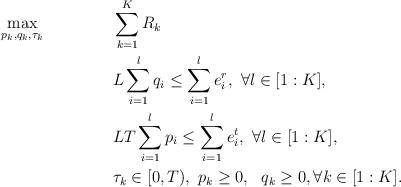
LaTeX: \begin{align*} &\underset{p_k, q_k, \tau_k}{\max} && \sum\limits_{k=1}^K R_{k} \\& && L\sum\limits_{i=1}^l q_i \leq \sum\limits_{i=1}^l e^{r}_{i},~ \forall l \in [1:K], \\&&& LT\sum\limits_{i=1}^l p_i \leq \sum\limits_{i=1}^l e^{t}_{i},~ \forall l \in [1:K], \\&&&\tau_k\in[0,T),~p_k\geq0,~~ q_k\geq0,\forall k \in [1:K].\end{align*}